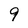
Character: 9